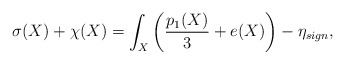
\begin{align*} \sigma(X) + \chi(X) = \int_X \left( \frac{p_1 (X)}{3} + e(X)\right) - \eta_{sign}, \end{align*}